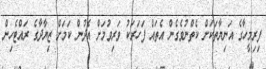
ފިރިމީހާގެ އަނިޔާތަކަށް ކެތްނުވެގެން އެތައް ފަހަރަކު ވަރިވުމަށް އެދުން ކަމަށް ޒިޔާދާގެ ރައްޓެހިން